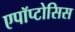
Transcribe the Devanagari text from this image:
एपॉप्टोसिस